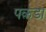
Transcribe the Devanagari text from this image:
पक़डा